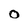
Character: O